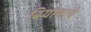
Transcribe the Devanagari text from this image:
बियाणाचे